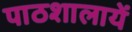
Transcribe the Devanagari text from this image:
पाठशालायें